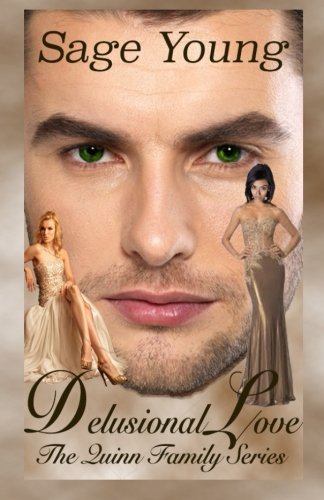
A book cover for Delusional Love (2nd Edition): An Interracial Love Triangle.  When the lines between love and lust are crossed, the thought of true love becomes delusional.; Sage Young; Romance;